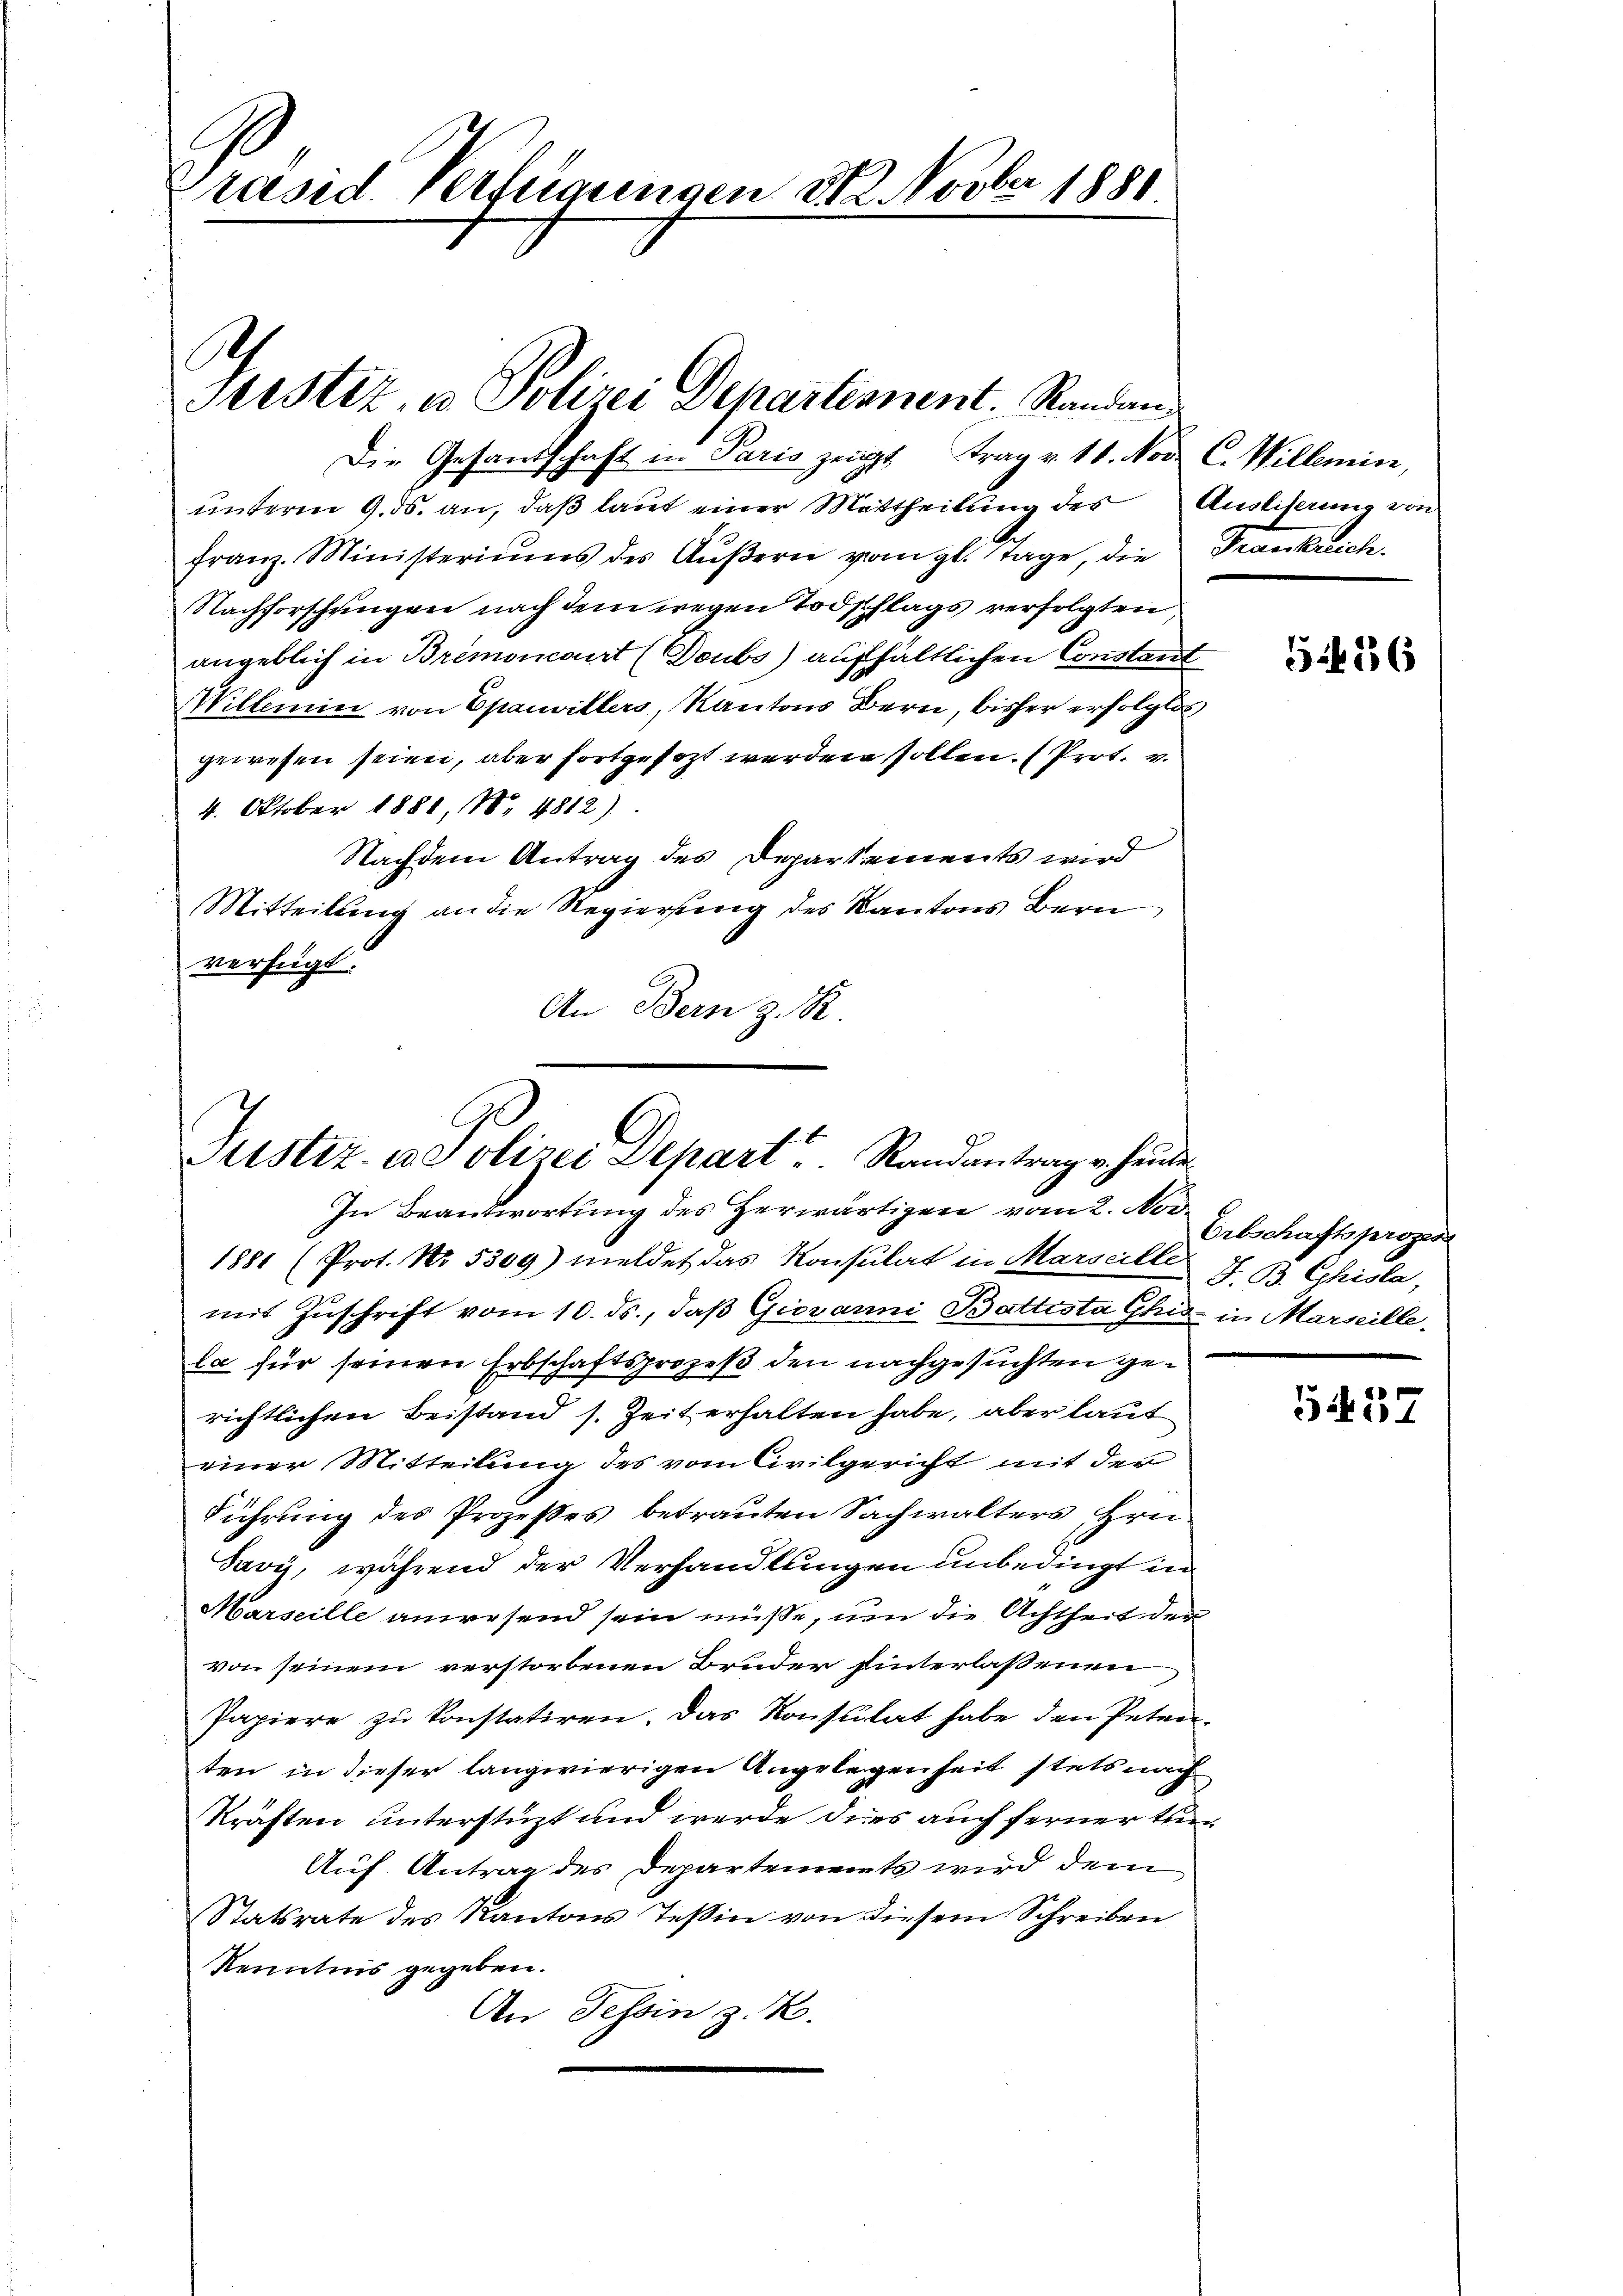
Präsid. Verfügungen M. Novber 1880

e
Serstiz, in Polizei Departennent, Randan

Die Gesandschaft in Paris zeigt trag v. 11. Nov. C. Willemin,
unterm 9. ds. an, daß laut einer Mittheilung des Ausliserung von
franz Ministeriums des Aŭβern vom gl. Tage, die Frankreich.
Nachforschungen nach dem wegen Todschlags verfolgten
angeblich in Bremoncart (Doubs) aufhältlichen Constant
Willemin von Epauvillers, Kantons Bern, bisher erfolglos
gewesen seien, aber fortgesezt werden sollen. (Prot. v.
4. Oktober 1881, 18. 4812)
Nachdem Antrag des Departements wird
Mitteilung an die Regierung des Kantons Bern
verfügt:
An Bern z. R.

Justiz- u. Polizei Depart Randantrage heute
In Beantwortung des Herwärtigen vom 2. Nov.

1881 (Prot. No. 5309) meldet das Konsulat in Marseille J. B. Chisla,
mit Zŭschrift vom 10. ds., daβ Giovanni Battesta Ghiz in Marseille
la für seinen Erbschaftsprozeß den nachgesuchten gerichtlichen Beistand s. Zeit erhalten habe, aber laut
einer Mitteilung des vom Civilgericht mit der
Führung des Prozeßes betrauten Sachwalters Hrn.
Savy, während der Verhandlungen unbedingt in
Marseille anwesend sein müße, von die Achtheit der
von seinem verstorbenen Bruder hinterlassenen
Papiere zu konstatiren. Das Konsulat habe den Peten-
ten in dieser langwierigen Angelegenheit stets nach
kräften unterstüzt und werde dies auch ferner tuer
Auf Antrag des Departements wird dem
Statsrate des Kantons Teßin von diesem Schreiben
Kenntnis gegeben.
An Tessin z. B.

556

Erbschaftsprozes

54. 37